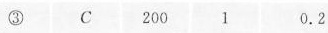
③ C 200 1 0.2